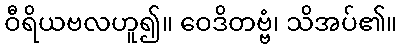
ဝီရိယဗလဟူ၍။ ဝေဒိတဗ္ဗံ၊ သိအပ်၏။